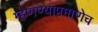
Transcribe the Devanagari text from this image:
म्हणण्याप्रमाणेच